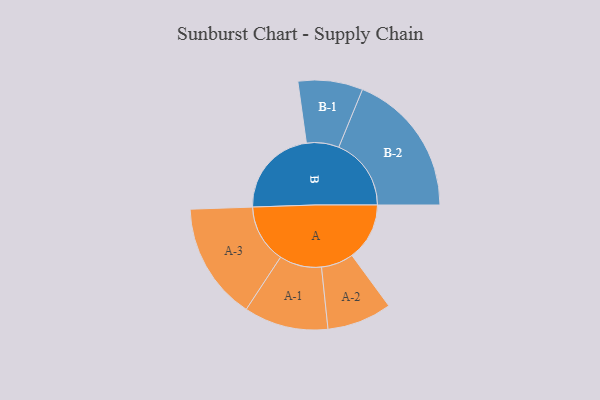
{"axis": {"x": "Segment", "y": "Value"}, "legend": ["", "A", "B"], "data": [{"x": "A", "y": 224, "type": ""}, {"x": "B", "y": 350, "type": ""}, {"x": "A-1", "y": 164, "type": "A"}, {"x": "A-2", "y": 126, "type": "A"}, {"x": "A-3", "y": 228, "type": "A"}, {"x": "B-1", "y": 126, "type": "B"}, {"x": "B-2", "y": 282, "type": "B"}]}